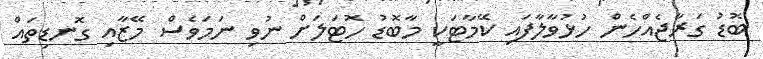
ބޮޑު ގަރާޖެއްހެން ހުޅުވާލާފައި ކޭމާޓަކީ މާބޮޑު ހޮޓަލަށް ނުވި ނަމަވެސް މޭޒާއި ގޮނޑިތައް